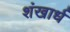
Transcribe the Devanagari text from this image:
शंखार्ध